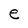
Character: e